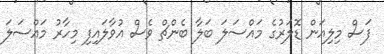
ފަސް މިލިއަން ޑޮލަރުގެ މައްސަލަ ބަލާ ބެންޗް ވެސް އުވާލައިފި މިހާރު މައްސަލަ